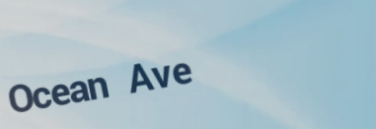
Ocean Ave